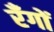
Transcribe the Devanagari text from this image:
रँगों